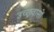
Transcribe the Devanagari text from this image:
उच्छ्रवासों